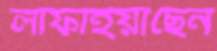
লাফাইয়াছেন